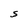
Character: S